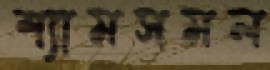
শ্যামসমল